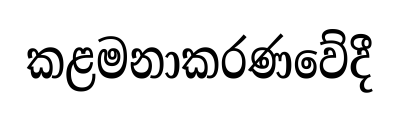
කළමනාකරණවේදී